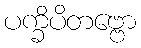
ပက္ခိပိတဗ္ဗော